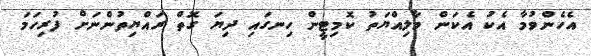
އެހެންވުމާ އެކު އެކަން މާލިއްޔަތު ކޮމިޓީން ހިނގައި ދިޔަ ގޮތް ރައްޔިތުންނަށް ފުރިހަމަ